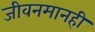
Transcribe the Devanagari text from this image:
जीवनमानही